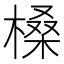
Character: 槡